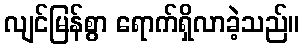
လျင်မြန်စွာ ရောက်ရှိလာခဲ့သည်။